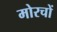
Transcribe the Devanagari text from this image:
मोरचों